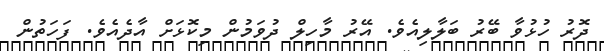
ދޮރު ހުޅުވާ ބޭރު ބަލާލިއެވެ. އޭރު މާހިލް ދުވަމުން މިކޮޅަށް އާދެއެވެ. ފަހަތުން